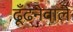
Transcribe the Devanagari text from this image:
ढूँढनेवाले